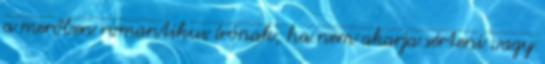
a merőben romantikus írónak, ha nem akarja sérteni vagy